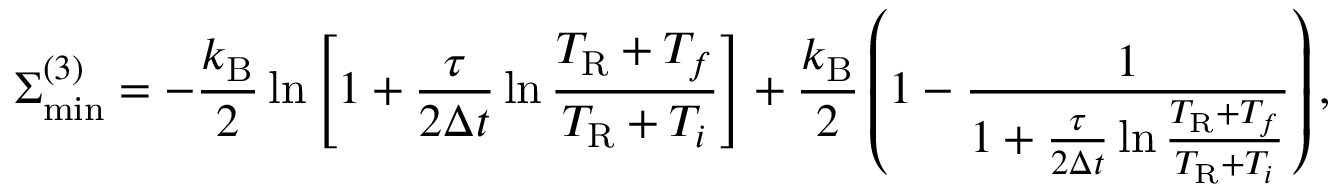
\Sigma _ { \mathrm { m i n } } ^ { ( 3 ) } = - \frac { k _ { \mathrm { B } } } { 2 } \ln \left[ 1 + \frac { \tau } { 2 \Delta t } \ln \frac { T _ { \mathrm { R } } + T _ { f } } { T _ { \mathrm { R } } + T _ { i } } \right] + \frac { k _ { \mathrm { B } } } { 2 } \left( 1 - \frac { 1 } { 1 + \frac { \tau } { 2 \Delta t } \ln \frac { T _ { \mathrm { R } } + T _ { f } } { T _ { \mathrm { R } } + T _ { i } } } \right) ,